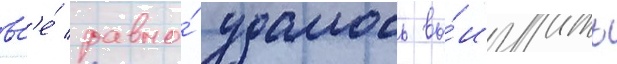
вс'е́ равно́ удалось вы́играть